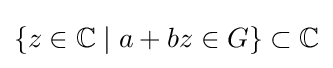
\{z\in \mathbb {C} \mid a+bz\in G\}\subset \mathbb {C}